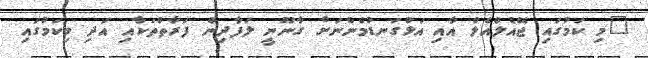
"މި ކަމުގައި ޖޭއެލްއެލް އާއި އަޅުގަނޑުމެންނަށް ގާނޫނީ ލަފާދިން ފަރާތްތަކާއި އަދި މިކަމުގައި